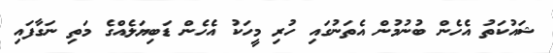
ޝައުކަތު އެހެން ބުނުމުން އެތަނުގައި ހުރި މީހަކު އެހެން ޑަބިޔަލެއްގެ މަތި ނަގާފައި